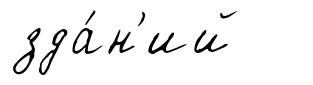
зда́н'ий